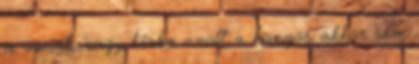
a vonat, vagy hiaba uvolt a hangos akkor sem